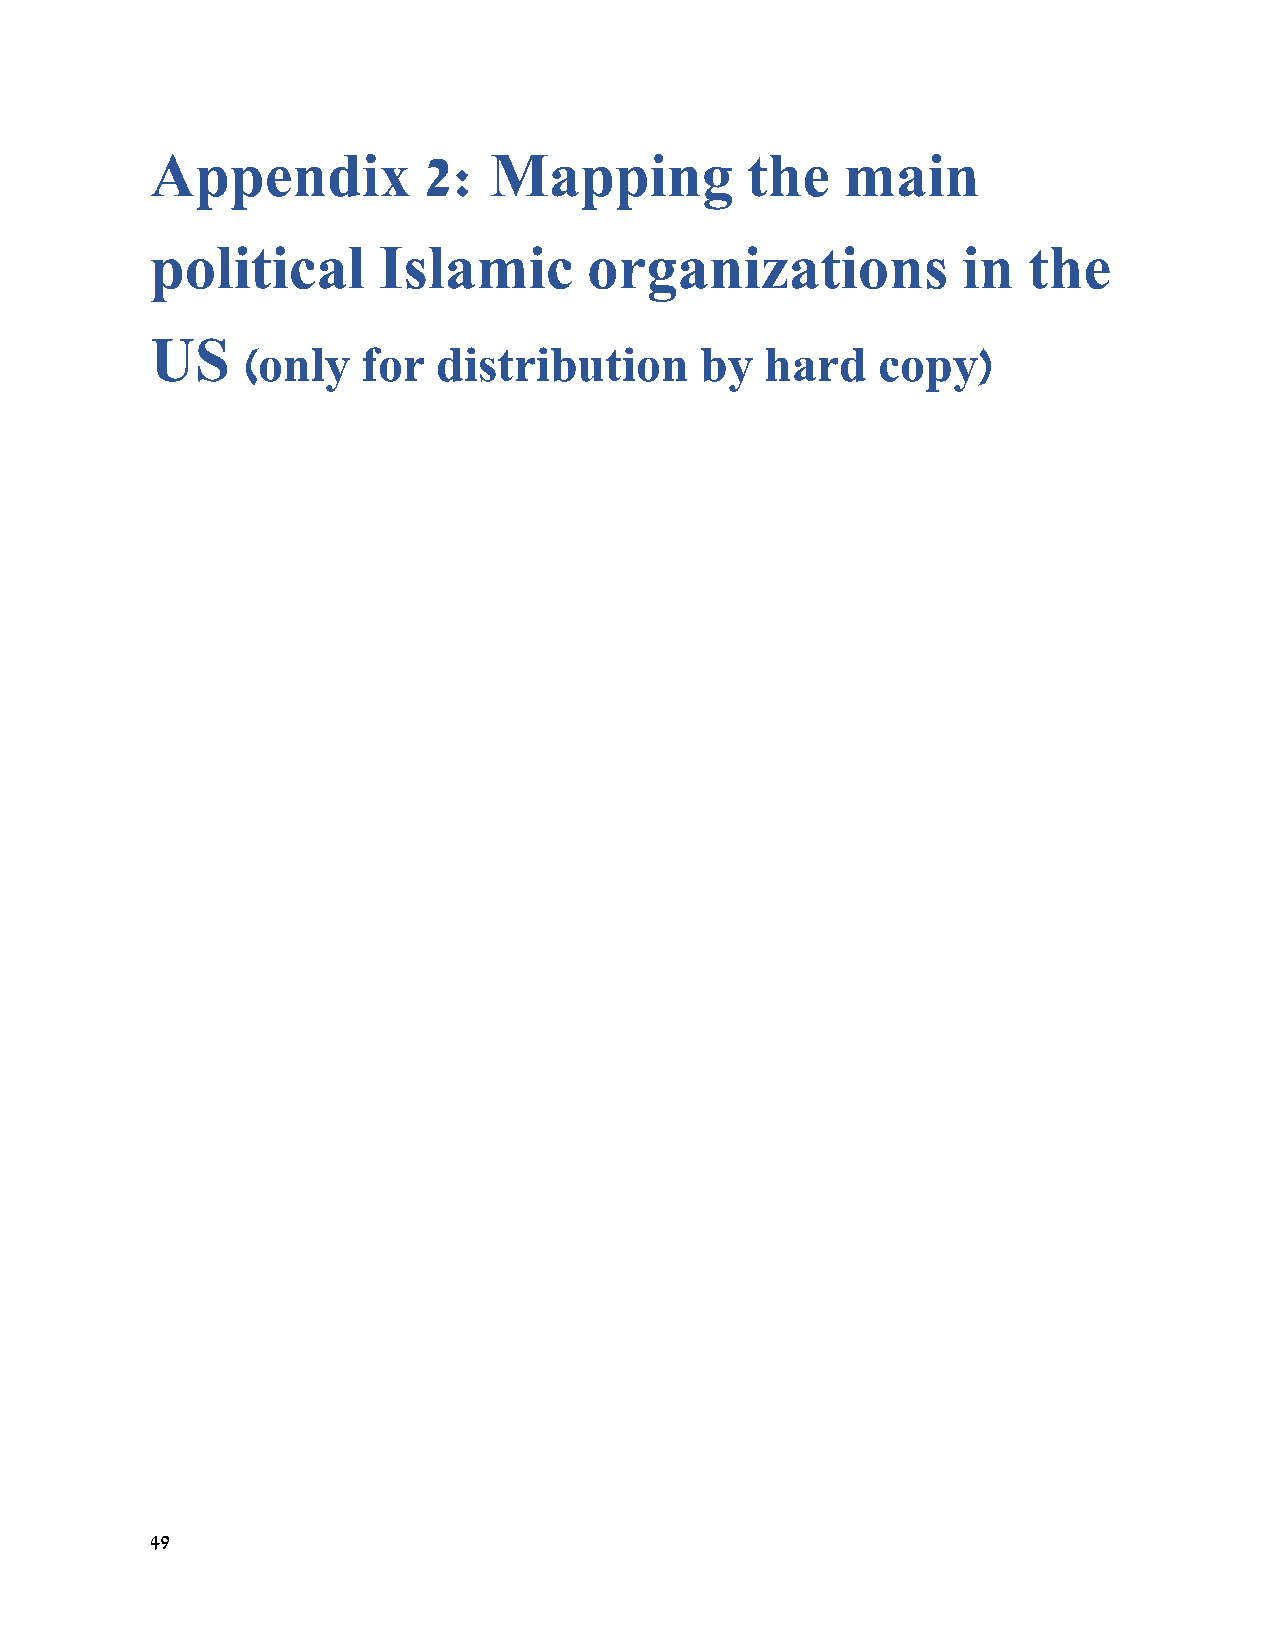
Appendix          2:  Mapping          the    main
 political      Islamic       organizations            in  the
 US
 (only   for  distribution     by   hard   copy)
 49